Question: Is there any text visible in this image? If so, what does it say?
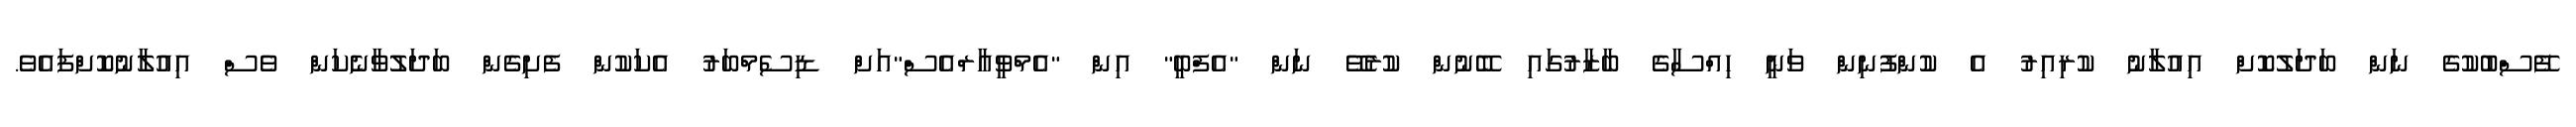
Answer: ފޭސްބުކުގެ ނަން ބަދަލުކޮށް އިއުލާނު ކުރިއިރު އެ ކުންފުނިން ވަނީ ހިއްސާގެ ބާޒާރުގައި ބޭނުން ކުރެވޭ ނަން "އެފްބީ" އިން "އެމްވީއާރްއެސް"އަށް ޑިސެމްބަރު އެކަކުން ފެށިގެން ބަދަލުވާނެކަން ވެސް އިއުލާނުކޮށްފައެވެ.